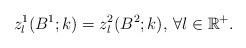
LaTeX: \begin{align*}z_l^1(B^1;k)=z_l^2(B^2;k),\,\forall l\in\mathbb{R}^+.\end{align*}